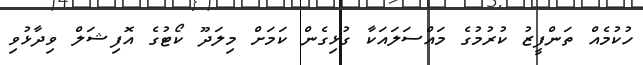
ހުކުމެއް ތަންފީޒު ކުރުމުގެ މައްސަލައަކާ ގުޅިގެން ކަމަށް މިލަދޫ ކޯޓުގެ އޮފިޝަލް ވިދާޅުވި